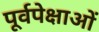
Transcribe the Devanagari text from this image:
पूर्वपेक्षाओं